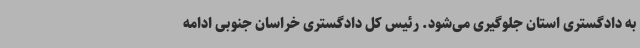
به دادگستری استان جلوگیری می‌شود. رئیس کل دادگستری خراسان‌ جنوبی ادامه